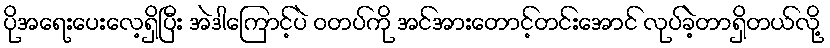
ပိုအရေးပေးလေ့ရှိပြီး အဲဒါကြောင့်ပဲ ဝတပ်ကို အင်အားတောင့်တင်းအောင် လုပ်ခဲ့တာရှိတယ်လို့